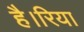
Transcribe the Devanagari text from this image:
है।रिया